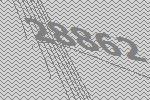
28862